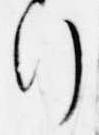
行